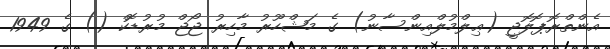
އެންތްރޮޕޮލޮޖީ (ޢިލްމުލްއިންސާނު) ގެ މަޝްހޫރު މާހިރު ޖޯޖް މުރުޑޮކް () ގެ 1949